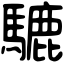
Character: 騼